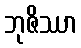
ဘုဇိဿာ